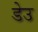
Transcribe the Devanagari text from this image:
डेउ